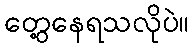
တွေ့နေရသလိုပဲ။